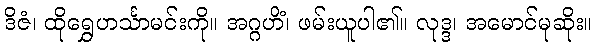
ဒိဇံ၊ ထိုရွှေဟင်္သာမင်းကို။ အဂ္ဂဟိံ၊ ဖမ်းယူပါ၏။ လုဒ္ဒ၊ အမောင်မုဆိုး။